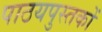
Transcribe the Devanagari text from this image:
पाठयपुस्तकों